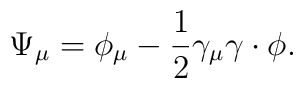
\Psi_{\mu}=\phi_{\mu} - \frac{1}{2} \gamma_{\mu}\gamma \cdot \phi.